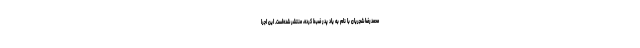
محمدرضا شجریان با نام به یاد پدر ضبط کرده، منتشر شده‌است. این اجرا